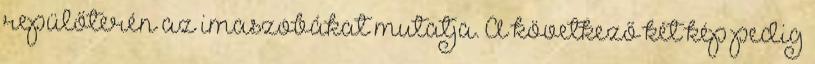
repülőterén az imaszobákat mutatja. A következő két kép pedig